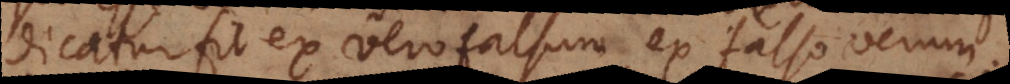
dicatur, fit ex vero falsum, ex falso verum.